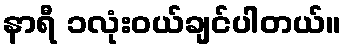
နာရီ ၁လုံးဝယ်ချင်ပါတယ်။